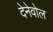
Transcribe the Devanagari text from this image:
देनेवोल